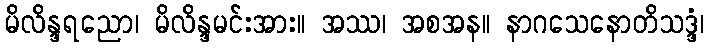
မိလိန္ဒရညော၊ မိလိန္ဒမင်းအား။ အဿ၊ အစအန။ နာဂသေနောတိသဒ္ဒံ၊